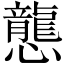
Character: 𢤲